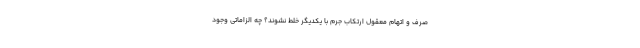
صرف و اتهام معقول ارتکاب جرم با یکدیگر خلط نشوند؟ چه الزاماتی وجود